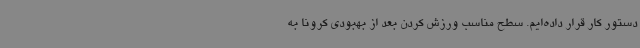
دستور کار قرار داده‌ایم. سطح مناسب ورزش کردن بعد از بهبودی کرونا به